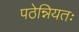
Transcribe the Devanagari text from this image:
पठेन्नियतः